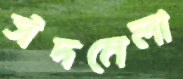
ঈদমেলা